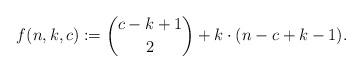
LaTeX: \begin{align*}f(n,k,c):=\binom{c-k+1}{2}+k\cdot (n-c+k-1).\end{align*}